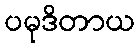
ပမုဒိတာယ